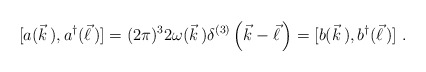
\begin{align*}[a(\vec{k}\,),a^\dagger(\vec{\ell}\,)]=(2\pi)^32\omega(\vec{k}\,)\delta^{(3)}\left(\vec{k}-\vec{\ell}\,\right)=[b(\vec{k}\,),b^\dagger(\vec{\ell}\,)]\ .\end{align*}